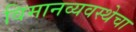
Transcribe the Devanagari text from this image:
विमानव्यवस्थेचा